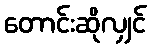
တောင်းဆိုလျှင်